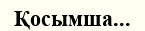
Қосымша...